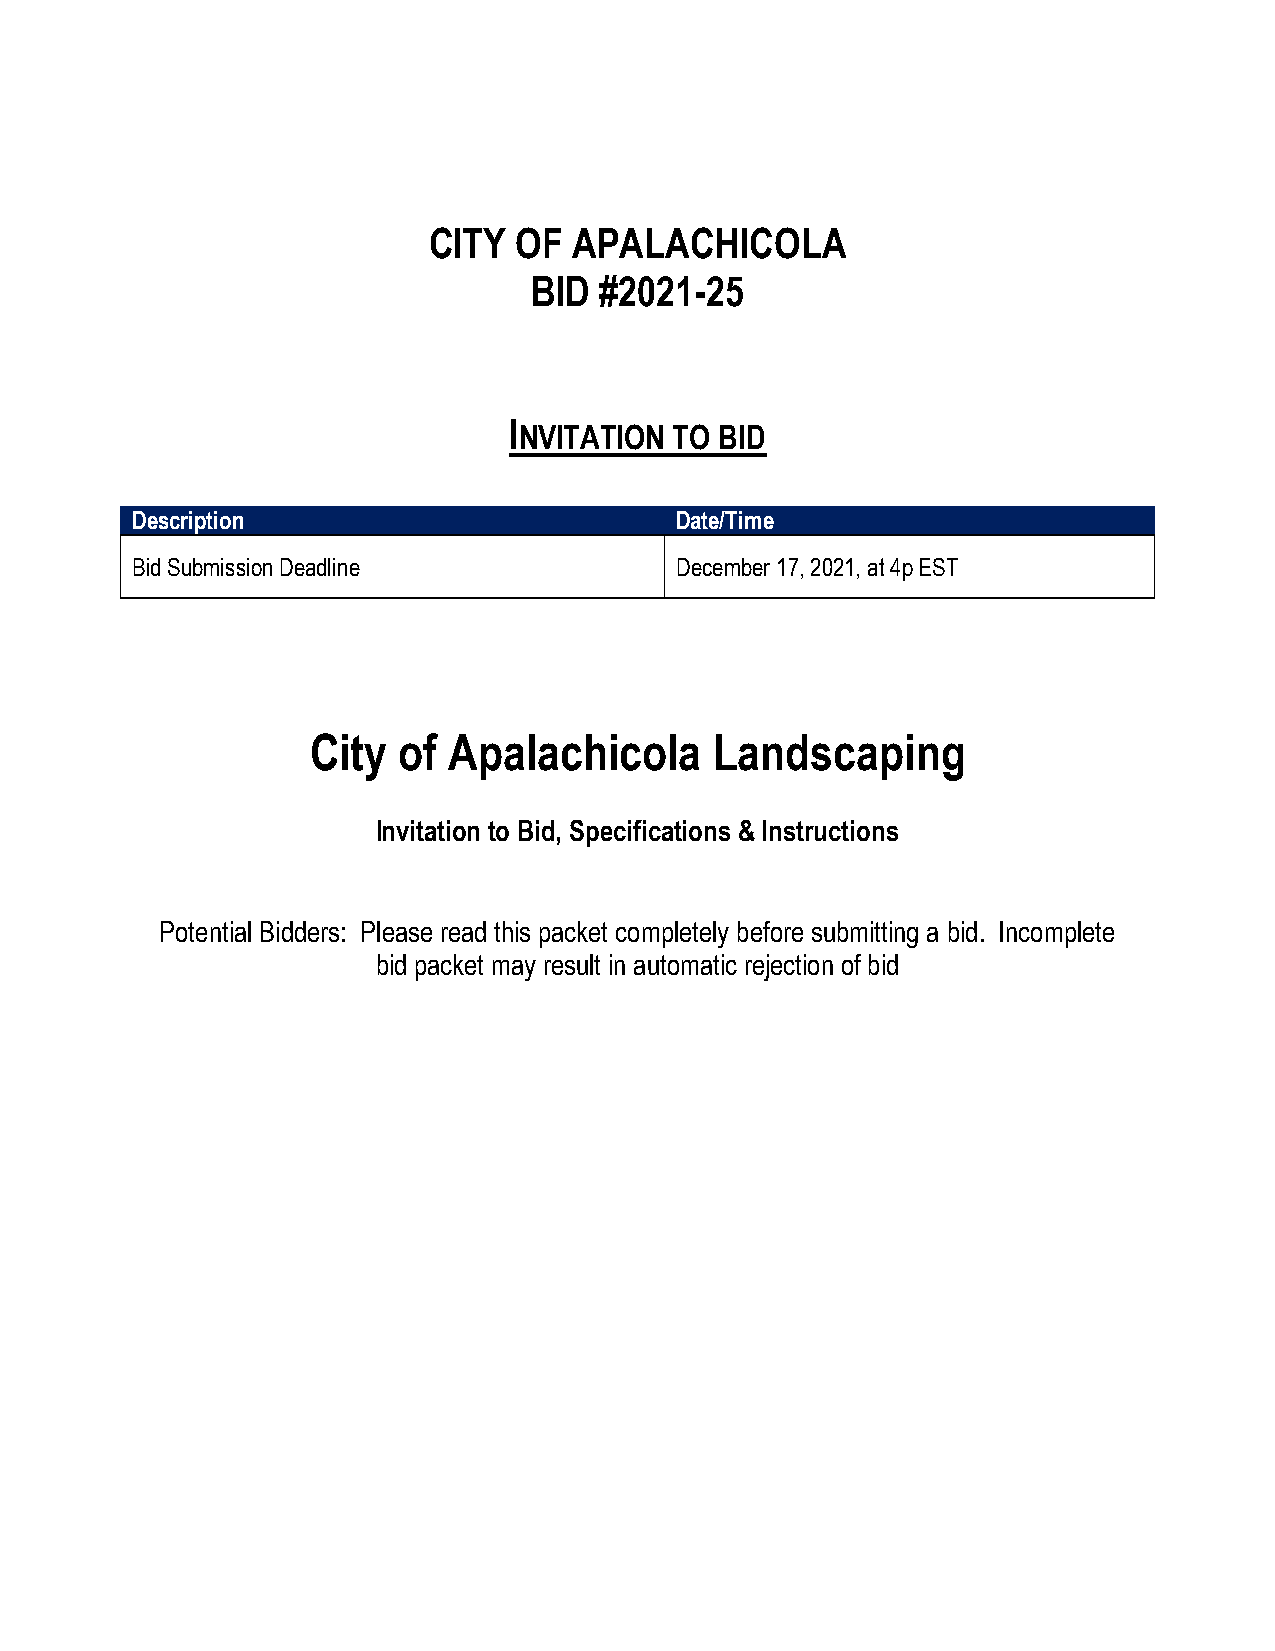
CITY  OF  APALACHICOLA
 BID  #2021-25
 I
 NVITATION  TO BID
 Description                         Date/Time
 Bid Submission Deadline             December 17, 2021, at 4p EST
 City  of  Apalachicola     Landscaping
 Invitation to Bid, Specifications & Instructions
 Potential Bidders: Please read this packet completely before submitting a bid. Incomplete
 bid packet may result in automatic rejection of bid